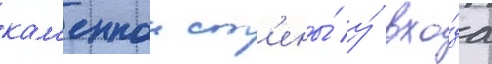
кам'еннои ст'ены́ у́ вхо́да